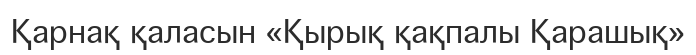
Қарнақ қаласын «Қырық қақпалы Қарашық»